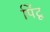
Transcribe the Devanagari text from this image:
पिंटू